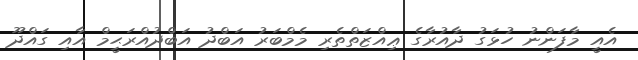
އެއީ މާފަންނު ހުޅަގު ދާއުރާގެ ޢިއްޒަތްތެރި މެމްބަރު އަބްދު އަބްދުއްރަޙީމް އާއި ގައްދޫ